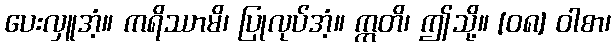
ပေးလှူအံ့။ ကရိဿာမိ၊ ပြုလုပ်အံ့။ ဣတိ၊ ဤသို့။ [၀၈] ဝါစာ၊